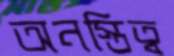
অনস্তিত্ব